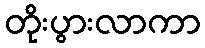
တိုးပွားလာကာ